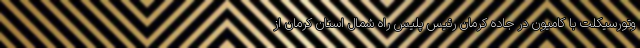
وتورسیکلت با کامیون در جاده کرمان رئیس پلیس راه شمال استان کرمان از